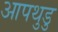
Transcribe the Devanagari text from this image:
आपथुडु